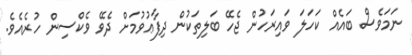
ނަމަވެސް ބައެއް ކަހަލަ ވައިރަހުން ޖެހޭ ބަލިތަކުން ދިފާޢުވުމަށް ދެވޭ ވެކްސިން ހުރެއެވެ.